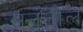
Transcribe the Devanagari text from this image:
सनतील